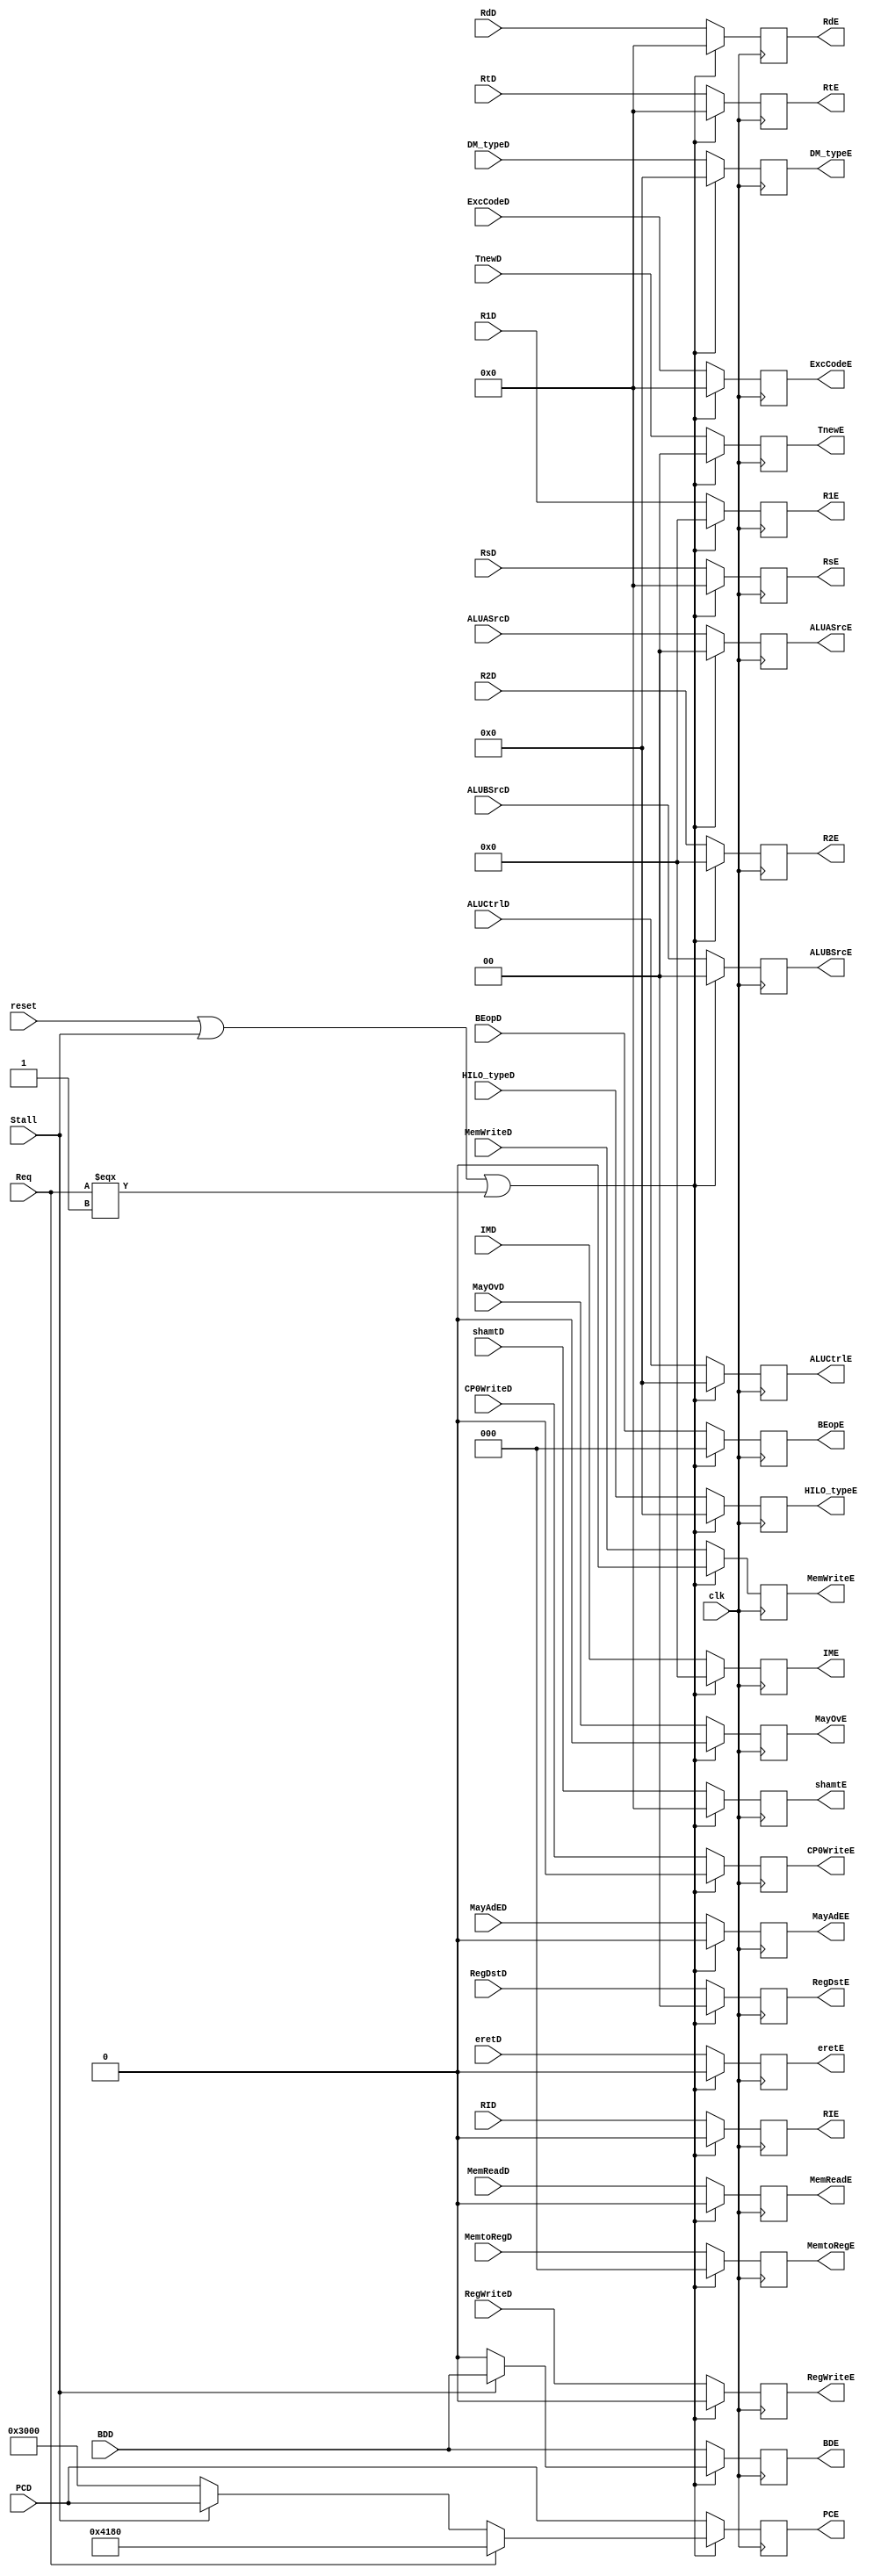
`timescale 1ns / 1ps
//////////////////////////////////////////////////////////////////////////////////
// Company: 
// Engineer: 
// 
// Design Name: 
// Module Name:    RegE 
// Project Name: 
// Target Devices: 
// Tool versions: 
// Description: 
//
// Dependencies: 
//
// Revision: 
// Revision 0.01 - File Created
// Additional Comments: 
//
//////////////////////////////////////////////////////////////////////////////////
module RegE(
	input RID,
	output reg RIE,
	
	 input Req,
	 input eretD,
	 input CP0WriteD,
	 input [4:0] ExcCodeD,
	 input BDD,
	 input MayOvD,
	 input MayAdED,
	 output reg eretE,
	 output reg CP0WriteE,
	 output reg [4:0] ExcCodeE,
	 output reg BDE,
	 output reg MayOvE,
	 output reg MayAdEE,
		
	 // WB
	 input [2:0] MemtoRegD,
	 input RegWriteD,
	 // Mem
	 input MemWriteD,
	 input MemReadD,
	 //input BranchD,
	 // Ex
	 input [1:0] ALUASrcD,
	 input [1:0] ALUBSrcD,
	 input [3:0] ALUCtrlD,
	 input [1:0] RegDstD,
	 input [4:0] shamtD,
    input [31:0] PCD,
    input [31:0] R1D,
    input [31:0] R2D,
    input [31:0] IMD,
	 input [4:0] RsD,
    input [4:0] RtD,
	 input [4:0] RdD,
	 /*input [1:0] Tuse_rsD,
	 input [1:0] Tuse_rtD,*/ 
	 input [1:0] TnewD,
	 input [3:0] HILO_typeD,
	 input [2:0] BEopD,
	 input [3:0] DM_typeD,
	 input clk, 
	 input reset,
	 input Stall,
	 output reg [2:0] MemtoRegE,
	 output reg RegWriteE,
	 output reg MemWriteE,
	 output reg MemReadE,
	 //output BranchE,
	 output reg [1:0] ALUASrcE,
	 output reg [1:0] ALUBSrcE,
	 output reg [3:0] ALUCtrlE,
	 output reg [1:0] RegDstE,
    output reg [31:0] PCE,
    output reg [31:0] R1E,
    output reg [31:0] R2E,
    output reg [31:0] IME,
	 output reg [4:0] RsE,
    output reg [4:0] RtE,
	 output reg [4:0] RdE,
	 /*output reg [1:0] Tuse_rsE,
	 output reg	[1:0] Tuse_rtE,*/
	 output reg [4:0] shamtE,
	 output reg [1:0] TnewE,
	 output reg	[3:0] HILO_typeE,
	 output reg [3:0] DM_typeE,
	 output reg [2:0] BEopE
	 );
	
	always @(posedge clk) begin
		if(reset | Stall | (Req === 1'b1)) begin
			MemtoRegE <= 0;
			RegWriteE <= 0;
			MemWriteE <= 0;
			MemReadE <= 0;
			//Branch <= 0;
			ALUASrcE <= 0;
			ALUBSrcE <= 0;
			ALUCtrlE <= 0;
			RegDstE <= 0;
			TnewE <= 0;
			HILO_typeE <= 0;
			DM_typeE <= 0;
			BEopE <= 0;
			
			RsE <= 0;
			RtE <= 0;
			RdE <= 0;
			shamtE <= 0;
			
			//PCE <= Stall? PCD: ((Req === 1'b1)? 32'h0000_4180: 0);
			PCE <= Req ? 32'h0000_4180: (Stall ? PCD: 32'h0000_3000);
			R1E <= 0;
			R2E <= 0;
			IME <= 0;
			
			RIE <= 0;
	
			ExcCodeE <= 0;
			BDE <= Stall? BDD: 0;
			eretE <= 0;
			CP0WriteE <= 0;
			MayOvE <= 0;
			MayAdEE <= 0; 
		end
		else begin
			MemtoRegE <= MemtoRegD;
			RegWriteE <= RegWriteD;
			MemWriteE <= MemWriteD;
			MemReadE <= MemReadD;
			//Branch <= BranchD;
			ALUASrcE <= ALUASrcD;
			ALUBSrcE <= ALUBSrcD;
			ALUCtrlE <= ALUCtrlD;
			RegDstE <= RegDstD;
			HILO_typeE <= HILO_typeD;
			BEopE <= BEopD;
			DM_typeE <= DM_typeD;
			
			RsE <= RsD;
			RtE <= RtD;
			RdE <= RdD;
			shamtE <= shamtD;
			TnewE <= TnewD;
			
			PCE <= PCD;
			R1E <= R1D;
			R2E <= R2D;
			IME <= IMD;
			
			RIE <= RID;
			ExcCodeE <= ExcCodeD;
			BDE <= BDD;
			eretE <= eretD;
			CP0WriteE <= CP0WriteD;
			MayOvE <= MayOvD;
			MayAdEE <= MayAdED; 
 		end
	end

endmodule